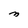
Character: M